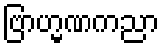
ဗြာဟ္မဏကညာ